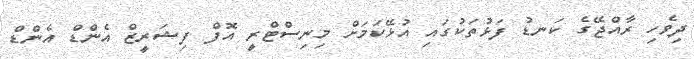
ދިވެހި ރާއްޖޭގެ ކަނޑު ފަޅުތަކުގައި އުޅޭކަމަށް މިނިސްޓްރީ އޮފް ފިޝަރީޒް އެންޑް އެންޑް